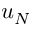
u _ { N }